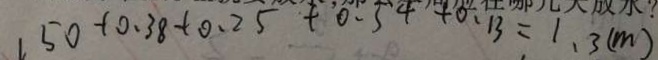
1 5 0 + 0 . 3 8 + 0 . 2 5 + 0 . 5 4 + 0 . 1 3 = 1 . 3 ( m )